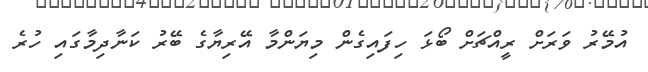
އުމޭރު ވަރަށް ރީއްޗަށް ބޯޅަ ހިފައިގެން މިޔަންމާ އޭރިޔާގެ ބޭރު ކަނާދިމާގައި ހުރެ